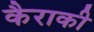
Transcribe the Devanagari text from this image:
कैराकी